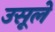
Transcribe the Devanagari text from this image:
उसूले